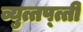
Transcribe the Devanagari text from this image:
व्युत्तप्त्ती